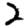
Digit: 2